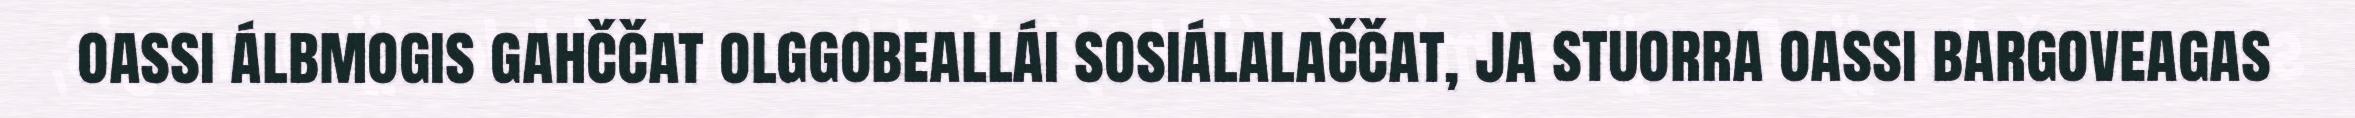
oassi álbmogis gahččat olggobeallái sosiálalaččat, ja stuorra oassi bargoveagas